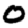
Digit: 0